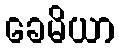
ခေမိယာ